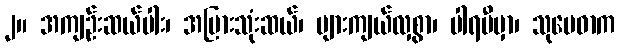
၂။ အကျဉ်းဆယ်ပါး၊ အပြားသုံးဆယ်၊ များကျယ်လှစွာ၊ ပါရမီမှာ၊ သုမေဓာက